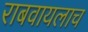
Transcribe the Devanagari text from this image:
राबवायलाच